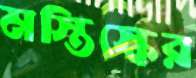
মস্তিস্কের